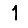
Digit: 1